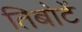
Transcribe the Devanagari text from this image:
तिबोटें